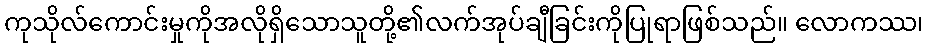
ကုသိုလ်ကောင်းမှုကိုအလိုရှိသောသူတို့၏လက်အုပ်ချီခြင်းကိုပြုရာဖြစ်သည်။ လောကဿ၊